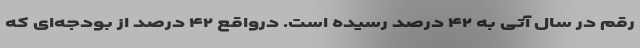
رقم در سال آتی به ۴۲ درصد رسیده است. درواقع ۴۲ درصد از بودجه‌ای که